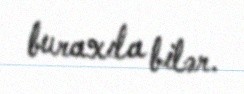
buraxıla bilər.